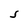
Character: S